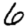
Digit: 6